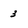
Character: 3